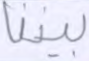
بيننا